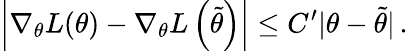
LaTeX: \left|\nabla_{\theta}L(\theta)-\nabla_{\theta}L\left(\widetilde{\theta}\right)\right|\leq C^{\prime}|\theta-\widetilde{\theta}|\, .